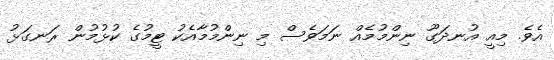
އެވެ. މިއީ އުނދަގޫ ނިންމުމެއް ނަމަވެސް މި ނިންމުމާއެކު ޓީމުގެ ކުޅުމުން ރަނގަޅު